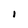
Character: I